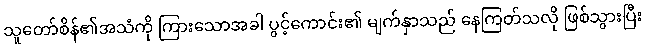
သူတော်စိန်၏အသံကို ကြားသောအခါ ပွင့်ကောင်း၏ မျက်နှာသည် နေကြတ်သလို ဖြစ်သွားပြီး